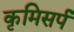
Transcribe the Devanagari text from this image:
कृमिसर्प